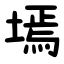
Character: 墕